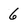
Character: 6